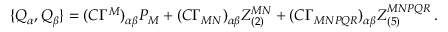
\{ Q _ { \alpha } , Q _ { \beta } \} = ( C \Gamma ^ { M } ) _ { \alpha \beta } P _ { M } + ( C \Gamma _ { M N } ) _ { \alpha \beta } Z _ { ( 2 ) } ^ { M N } + ( C \Gamma _ { M N P Q R } ) _ { \alpha \beta } Z _ { ( 5 ) } ^ { M N P Q R } \, .